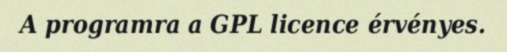
A programra a GPL licence érvényes.